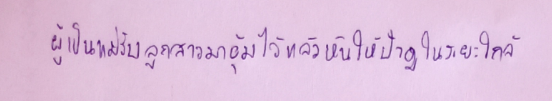
ผู้เป็นแม่รับลูกสาวมาอุ้มไว้แล้วหันให้ป้าดูในระยะใกล้